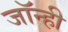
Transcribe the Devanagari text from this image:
जॉन्ही